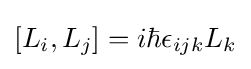
[L_{i},L_{j}]=i\hbar \epsilon _{ijk}L_{k}